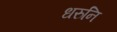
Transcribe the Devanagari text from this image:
धरुनि